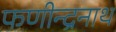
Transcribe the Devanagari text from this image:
फणीन्द्रनाथ